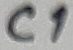
Text: C1